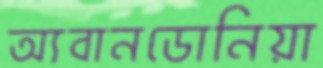
অ্যবানডোনিয়া